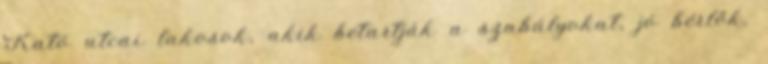
Kató utcai lakosok, akik betartják a szabályokat, jó bérlők,